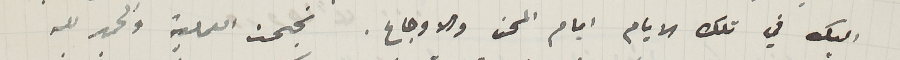
اليك في تلك الايام ايام المحن والاوجاع. نجحت العملية والحمد لله